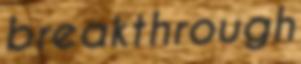
breakthrough